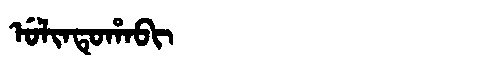
Manchu: ᡠᠯᡳᠨᡨᡠᡥᠠᠪᡳ
Romanization: ULINTUHABI